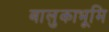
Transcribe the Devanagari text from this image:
बालुकाभूमि